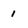
Character: 1